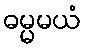
ဓမ္မမယံ